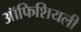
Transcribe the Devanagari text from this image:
ऑफिशियली